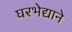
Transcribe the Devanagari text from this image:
घरभेद्याने